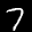
Label: 7